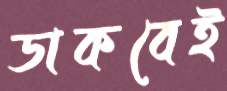
ডাকবেই